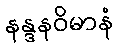
နန္ဒနဝိမာနံ